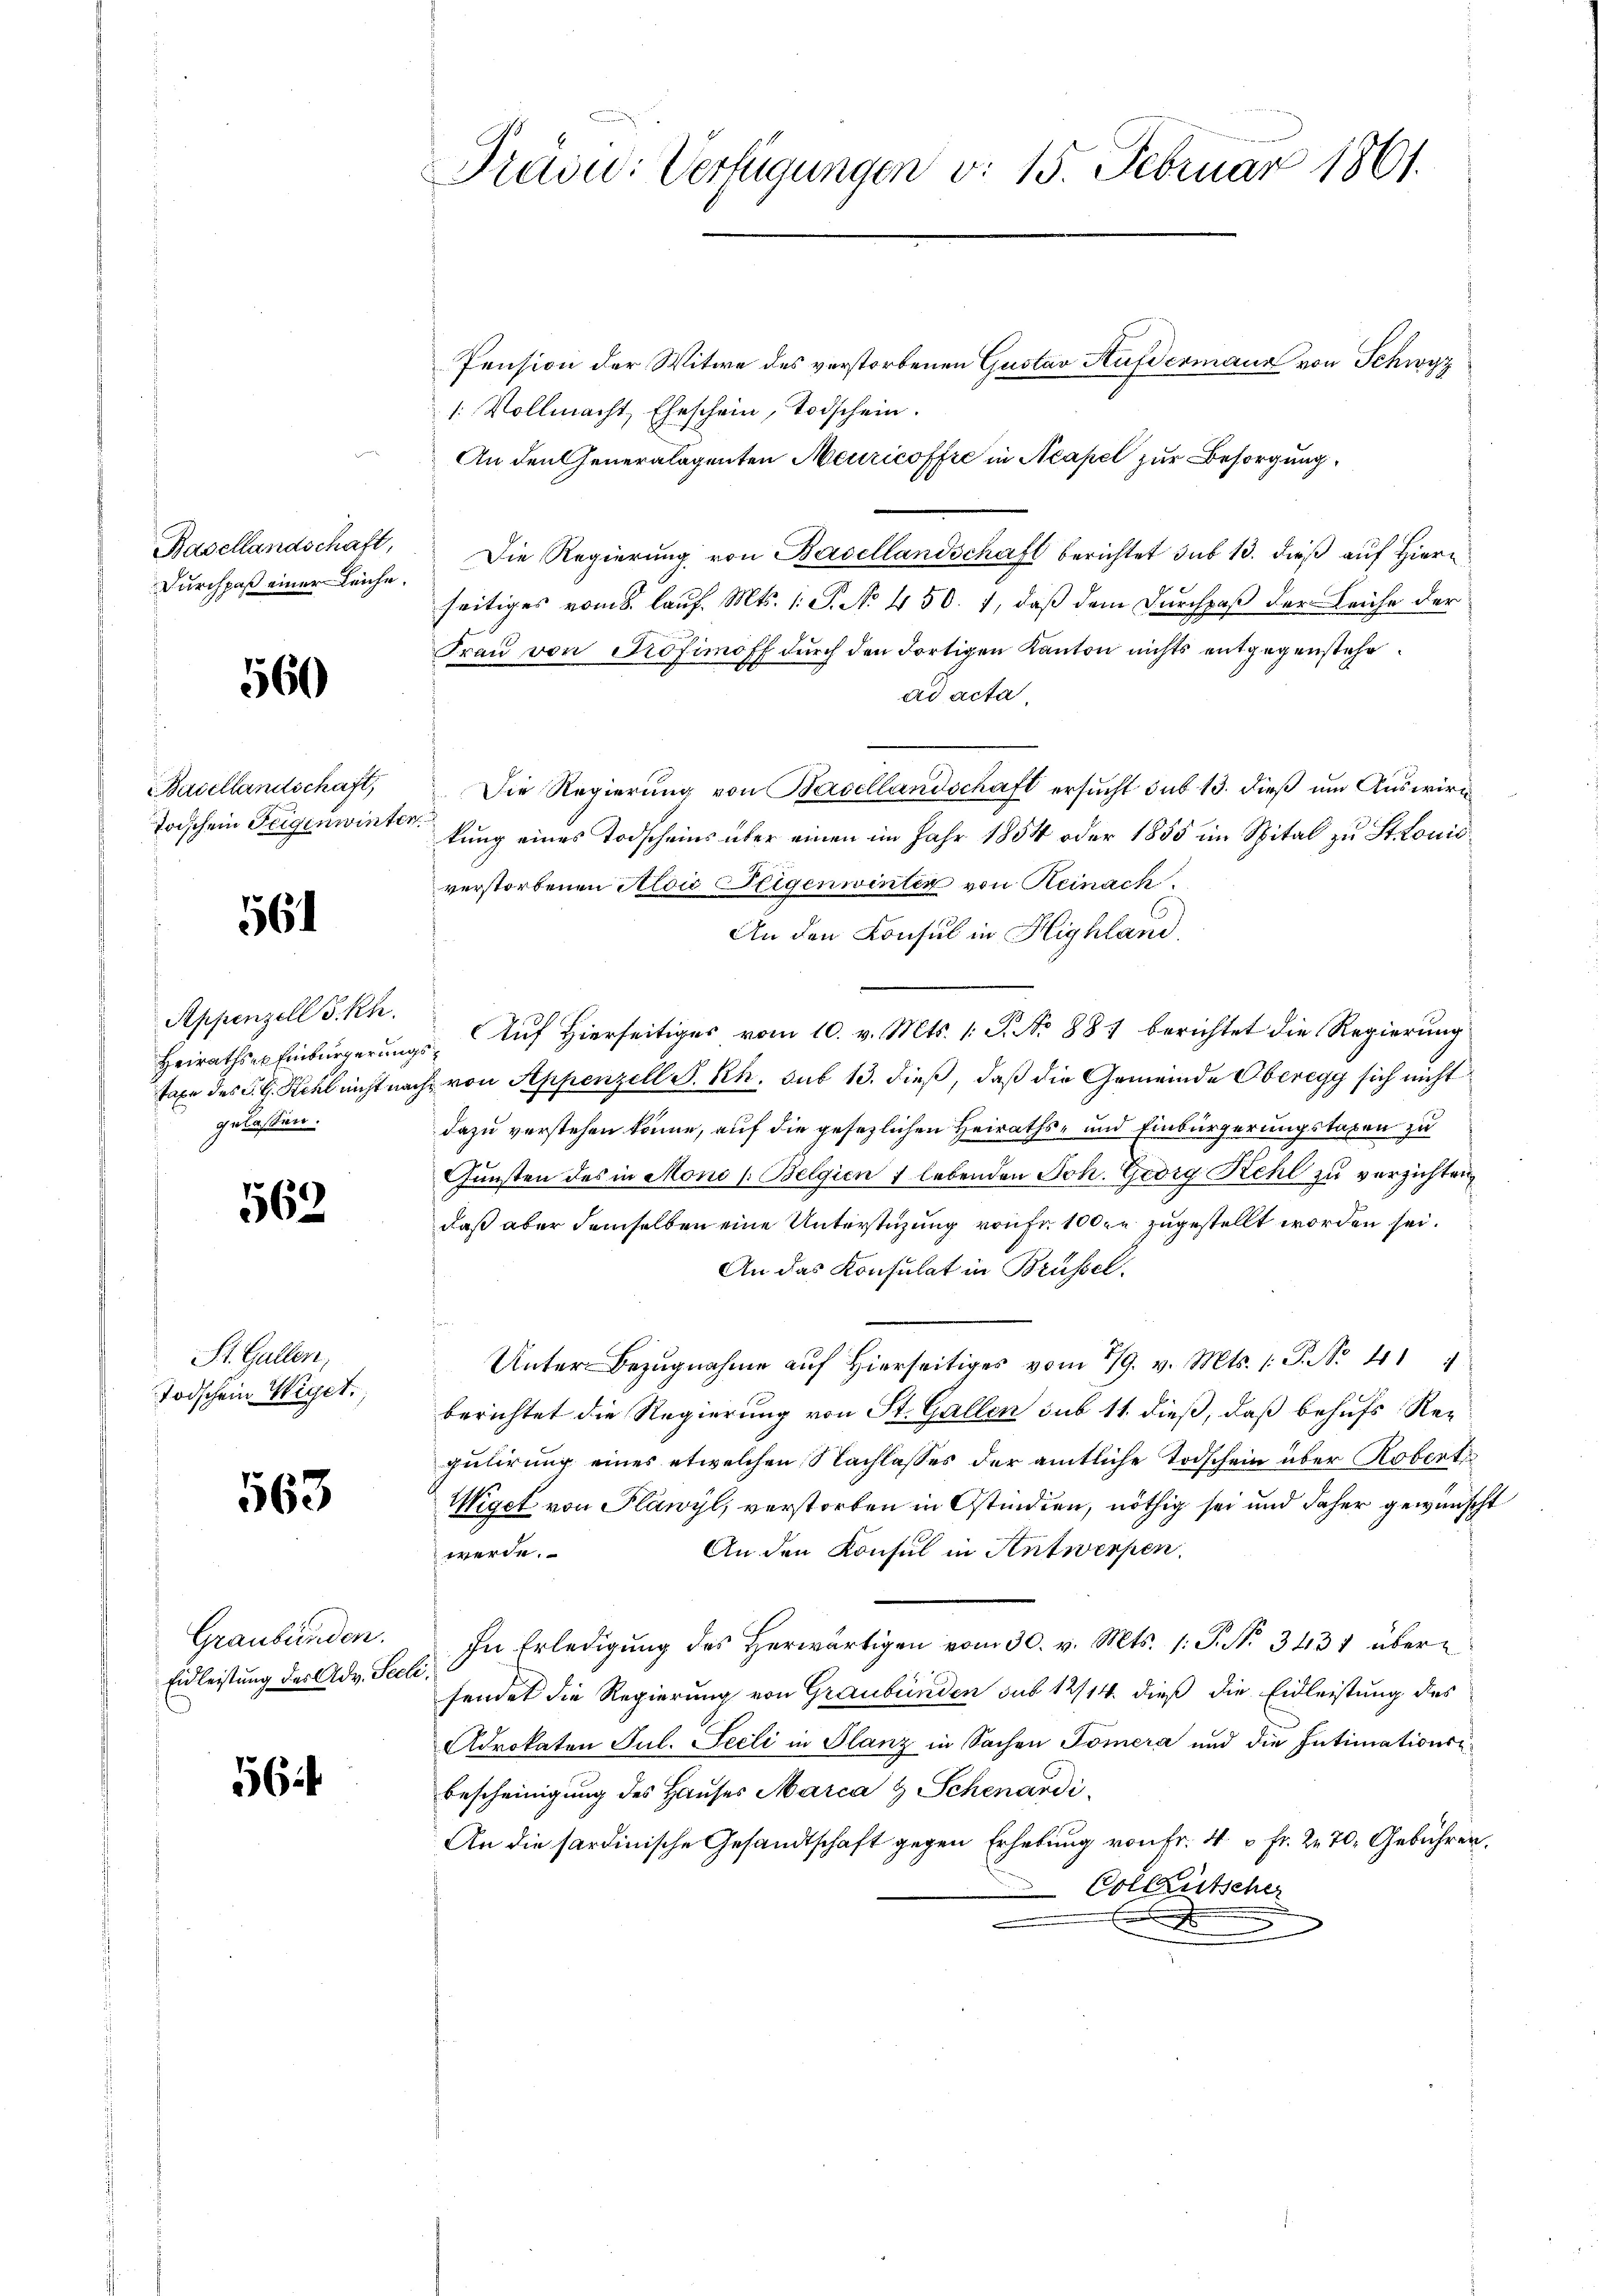
Basellandschaft,
Durchpaß einer Leiche.

560

Basellandschaft,
Toischein Feigen winter

561

Appenzell S. Rh.
Heirathser Einbürgerungs
Taxe des P. G. Kehl nicht nach
gelassen.

569

St. Gallen,
Todschein Wiget.

563

Graubünden.
Eidleistung des Adv. Seele

56

Präsid: Verfügungen v. 15. Februar 1861.

Pension der Witwe des verstorbenen Gustav Aufdermann von Schwyz
1. Vollmacht, Eheschein, Todschein.
An den Generalagenten Meuricoffre in Neapel zur Besorgung
Die Regierŭng von Basellandschaft berichtet sub 13. dieβ aŭf Hiern
seitiges vom 8. lauf. Mts. 1. P. No. 450. 1, daß dem Durchpaß der Leiche der
Frau von Profimoff durch den Fortigen Kanton nichts entgegenstehe
ad acta,
Die Regierung von Basellandschaft ersucht sub 13. dieß um Auswirc
kung eines Todscheins aber einen im Jahr 1854 oder 1855 im Spital zu St. Louis
verstorbenen Aloić Pligenwinter von Reinach
An den Konsul in Highland.
Auf Hierseitiges vom 10. v. Mts. 1: P. No 881 berichtet die Regierung
& von Appenzell S. Rh. sub 13. dieß, daß die Gemeinde Oberegg sich nicht
dazu verstehen könne, auf die gesezlichen Heiraths- und Einbürgerungstaxen zu
Gunsten des in Mono (Belgien 7 lebenden Joh. Georg Kehl zu verzichten
daß aber demselben eine Unterstüzung von fr. 1000 zugestellt worden sei.
An das Konsulat in Brüssel.
Unter Bezugnahme auf Hierseitiges vom 19. v. Mts. (: P. No. 419
berichtet die Regierung von St. Gallen sub 11. dieß, daß behufs Regulirung eines etwelchen Nachlasses der amtliche Todschein über Robertr
Wiget von Plawyl, verstorben in Ostindien, nöthig sei und daher gewünscht
An den Konsul in Antwerfen.
werde.
In Erledigŭng des herwärtigen vom 30. v. Mts. 1. P. Nr. 3431 übersendet die Regierung von Graubünden sub 12/14. dieß die Eidleistung des
Adrokaten Jul. Seeli in Glanz in Sachen Tomera und die Intimations¬
Bescheinigung des Hauses Marca & Schenardi
An die sardinische Gesandtschaft gegen Erhebung von Fr. 4 = Fr. 270. Gebühren.
Collautscher
.